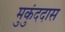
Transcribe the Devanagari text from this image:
मुकुंददास